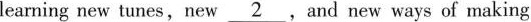
learning new tunes,new \underline{2}.and new ways of making